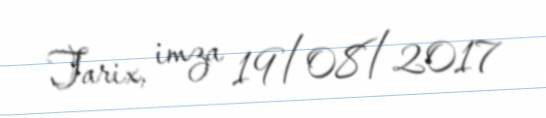
Tarix, imza 19/08/2017